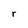
Character: r